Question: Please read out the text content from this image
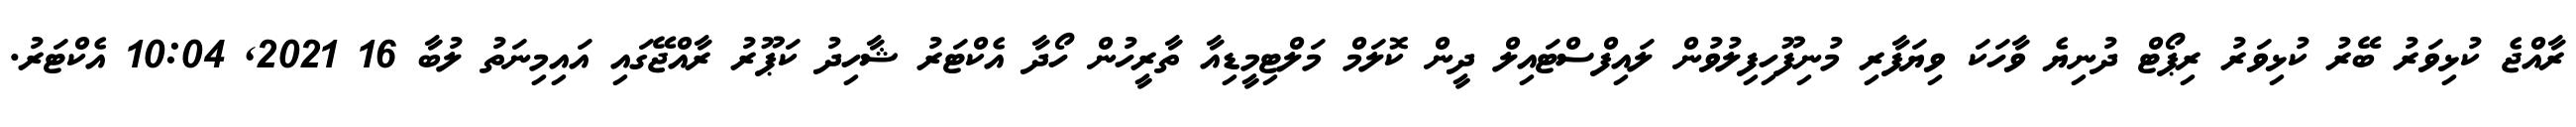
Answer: ރާއްޖެ ކުޅިވަރު ބޭރު ކުޅިވަރު ރިޕޯޓް ދުނިޔެ ވާހަކަ ވިޔަފާރި މުނިފޫހިފިލުވުން ލައިފްސްޓައިލް ދީން ކޮލަމް މަލްޓިމީޑިއާ ތާރީހުން ހޯދާ އެކްޓަރު ޝާހިދު ކަޕޫރު ރާއްޖޭގައި އައިމިނަތު ލުބާ 16 2021, 10:04 އެކްޓަރު.